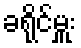
ခရိုင်မှူး